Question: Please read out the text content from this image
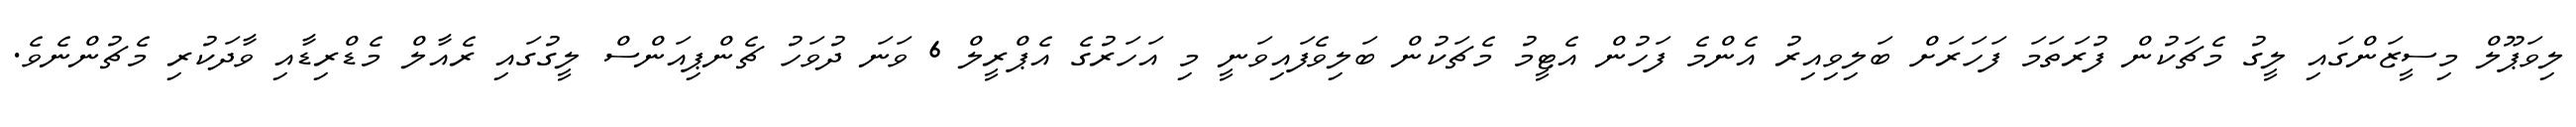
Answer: ލިވަޕޫލް މިސީޒަންގައި ލީގު މެޗަކުން ފުރަތަމަ ފަހަރަށް ބަލިވިއިރު އެންމެ ފަހުން އެޓީމު މެޗަކުން ބަލިވެފައިވަނީ މި އަހަރުގެ އެޕްރީލް 6 ވަނަ ދުވަހު ޗެންޕިއަންސް ލީގުގައި ރެއާލް މެޑްރިޑާއި ވާދަކުރި މެޗުންނެވެ.